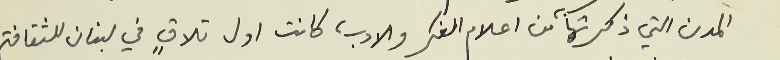
المدن التي ذكرتها به من اعلام الفكر والادب، كانت اول تلاقٍ في لبنان للثقافة